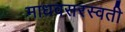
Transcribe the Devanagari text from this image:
माधवसरस्वती